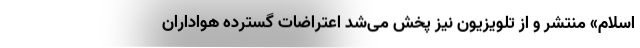
اسلام» منتشر و از تلویزیون نیز پخش می‌شد اعتراضات گسترده هواداران